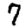
Digit: 7